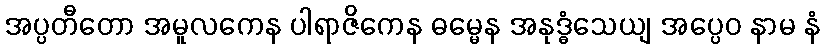
အပ္ပတီတော အမူလကေန ပါရာဇိကေန ဓမ္မေန အနုဒ္ဓံသေယျ အပ္ပေဝ နာမ နံ